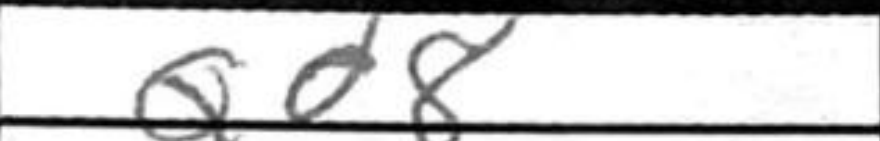
Transcription: Qd8